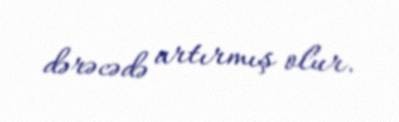
dərəcədə artırmış olur.